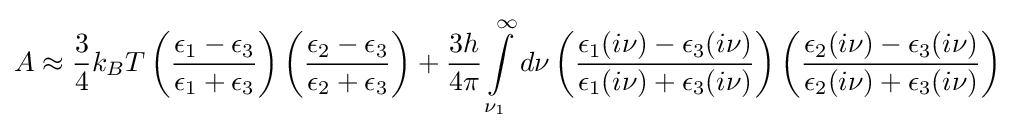
A\approx {\frac {3}{4}}k_{B}T\left({\frac {\epsilon _{1}-\epsilon _{3}}{\epsilon _{1}+\epsilon _{3}}}\right)\left({\frac {\epsilon _{2}-\epsilon _{3}}{\epsilon _{2}+\epsilon _{3}}}\right)+{\frac {3h}{4\pi }}\int \limits _{\nu _{1}}^{\infty }d\nu \left({\frac {\epsilon _{1}(i\nu )-\epsilon _{3}(i\nu )}{\epsilon _{1}(i\nu )+\epsilon _{3}(i\nu )}}\right)\left({\frac {\epsilon _{2}(i\nu )-\epsilon _{3}(i\nu )}{\epsilon _{2}(i\nu )+\epsilon _{3}(i\nu )}}\right)